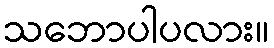
သဘောပါပလား။